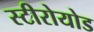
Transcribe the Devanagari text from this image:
स्टीरोयोड